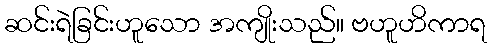
ဆင်းရဲခြင်းဟူသော အကျိုးသည်။ ဗဟူဟိကာရ